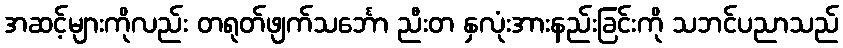
အဆင့်များကိုလည်း တရုတ်ဖျက်သင်္ဘော ညီးတ နှလုံးအားနည်းခြင်းကို သဘင်ပညာသည်